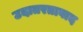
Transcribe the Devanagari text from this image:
उदातरतावाद